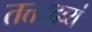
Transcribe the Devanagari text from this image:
तत्तद्द्रव्यं